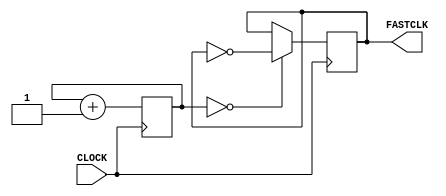
`timescale 1ns / 1ps
//////////////////////////////////////////////////////////////////////////////////
// Company: 
// Engineer: 
// 
// Design Name: 
// Module Name: c2_hi
// Project Name: 
// Target Devices: 
// Tool Versions: 
// Description: 
// 
// Dependencies: 
// 
// Revision:
// Revision 0.01 - File Created
// Additional Comments:
// 
//////////////////////////////////////////////////////////////////////////////////


module c2_hi(
    input CLOCK,
    output reg FASTCLK = 0
    );
    // outputs 6 Hz
    // 6 Hz: 100^6 / 2^(23+1)
    reg [22:0] COUNT = 23'b0;
    
    always @ (posedge CLOCK) begin
        COUNT <= COUNT + 1;
        FASTCLK <= (COUNT == 0) ? ~FASTCLK : FASTCLK;
    end
endmodule